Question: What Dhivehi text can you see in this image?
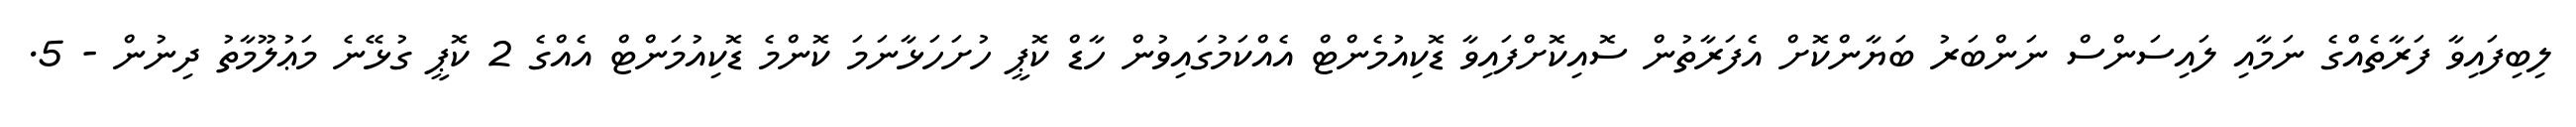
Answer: ލިބިފައިވާ ފަރާތެއްގެ ނަމާއި ލައިސަންސް ނަންބަރު ބަޔާންކޮށް އެފަރާތުން ސޮއިކޮށްފައިވާ ޑޮކިއުމެންޓް އެއްކަމުގައިވުން ހާޑް ކޮޕީ ހުށަހަޅާނަމަ ކޮންމެ ޑޮކިއުމަންޓް އެއްގެ 2 ކޮޕީ ގުޅޭނެ މަޢުލޫމާތު ދިނުން - 5.